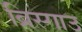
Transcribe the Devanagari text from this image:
ब्रिस्गाउ